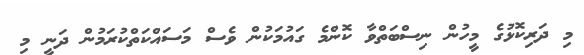
މި ދަރިކޮޅުގެ މީހުން ނިސްބަތްވާ ކޮންމެ ގައުމަކުން ވެސް މަސައްކަތްކުރަމުން ދަނީ މި